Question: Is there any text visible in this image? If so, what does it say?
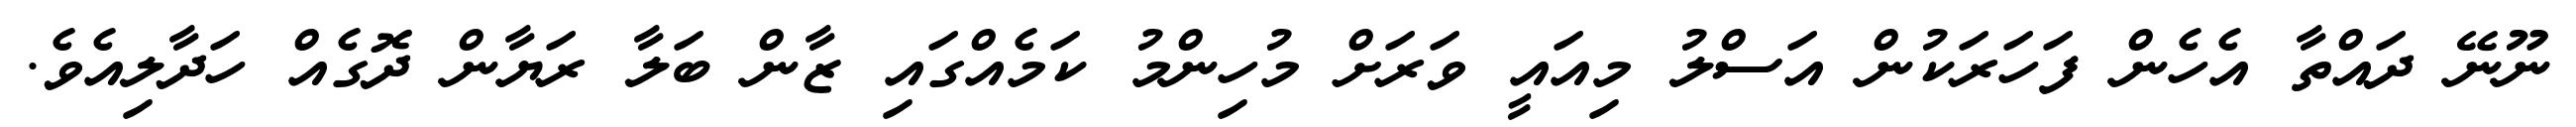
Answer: ނޫނޭ ދައްތާ އެހެން ފަހަރަކުން އަސްލު މިއައީ ވަރަށް މުހިންމު ކަމެއްގައި ޒާން ބަލާ ރަޔާން ދޮގެއް ހަދާލިއެވެ.